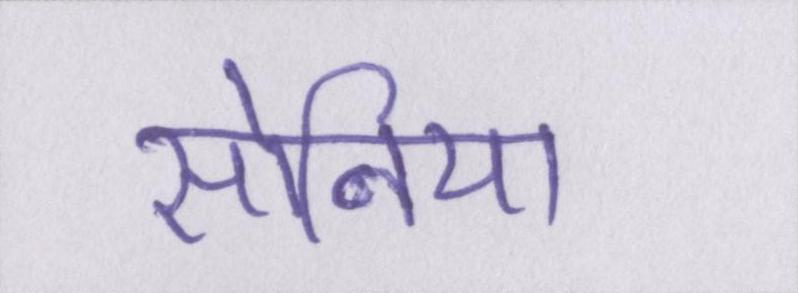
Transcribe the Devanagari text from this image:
सोनिया